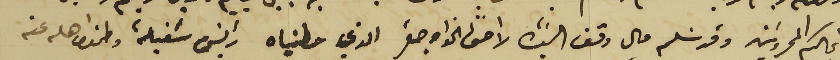
انجالكم المحروسَين وقد سَلم مال وقف السَيدة لاحقًا الخواجه صقر الذي حطيناه رئيس شغيلة وطمن اهله عن